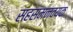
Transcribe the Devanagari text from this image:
सहसमन्वयक